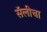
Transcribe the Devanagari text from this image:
सॅलीचा